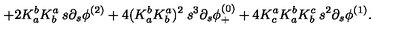
+ 2 K _ { a } ^ { b } K _ { b } ^ { a } \: s \partial _ { s } \phi ^ { ( 2 ) } + 4 ( K _ { a } ^ { b } K _ { b } ^ { a } ) ^ { 2 } \: s ^ { 3 } \partial _ { s } \phi _ { + } ^ { ( 0 ) } + 4 K _ { c } ^ { a } K _ { a } ^ { b } K _ { b } ^ { c } \: s ^ { 2 } \partial _ { s } \phi ^ { ( 1 ) } .